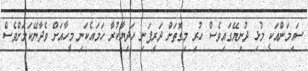
ސައިމަންއަކީ މުޅި ދުނިޔޭގައިވެސް ހުރި މިގޮތަށް ދަރިފަނި ހަދިޔާކުރާ ހަމައެކަނި މީހާއަށް ވެދާނޭކަމަށްވެސް